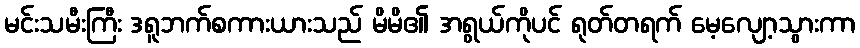
မင်းသမီးကြီး ဒရူဘက်စကားယားသည် မိမိ၏ အရွယ်ကိုပင် ရုတ်တရက် မေ့လျော့သွားကာ